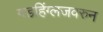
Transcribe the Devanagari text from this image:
गडहिंग्लजवरुन